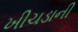
ખીચડાની